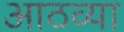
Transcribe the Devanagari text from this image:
आठव्‍या